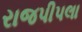
રાજપીપલા